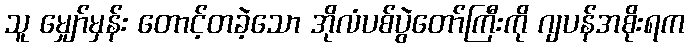
သူ မျှော်မှန်း တောင့်တခဲ့သော အိုလံပစ်ပွဲတော်ကြီးကို ဂျပန်အစိုးရက